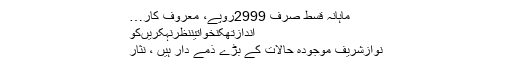
ماہانہ قسط صرف 2999روپے، معروف کار…
اندازتھکنخواتیننظرنہکریںکو
نوازشریف موجودہ حالات کے بڑے ذمے دار ہیں ، نثار